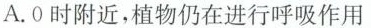
A.0时附近，植物仍在进行呼吸作用